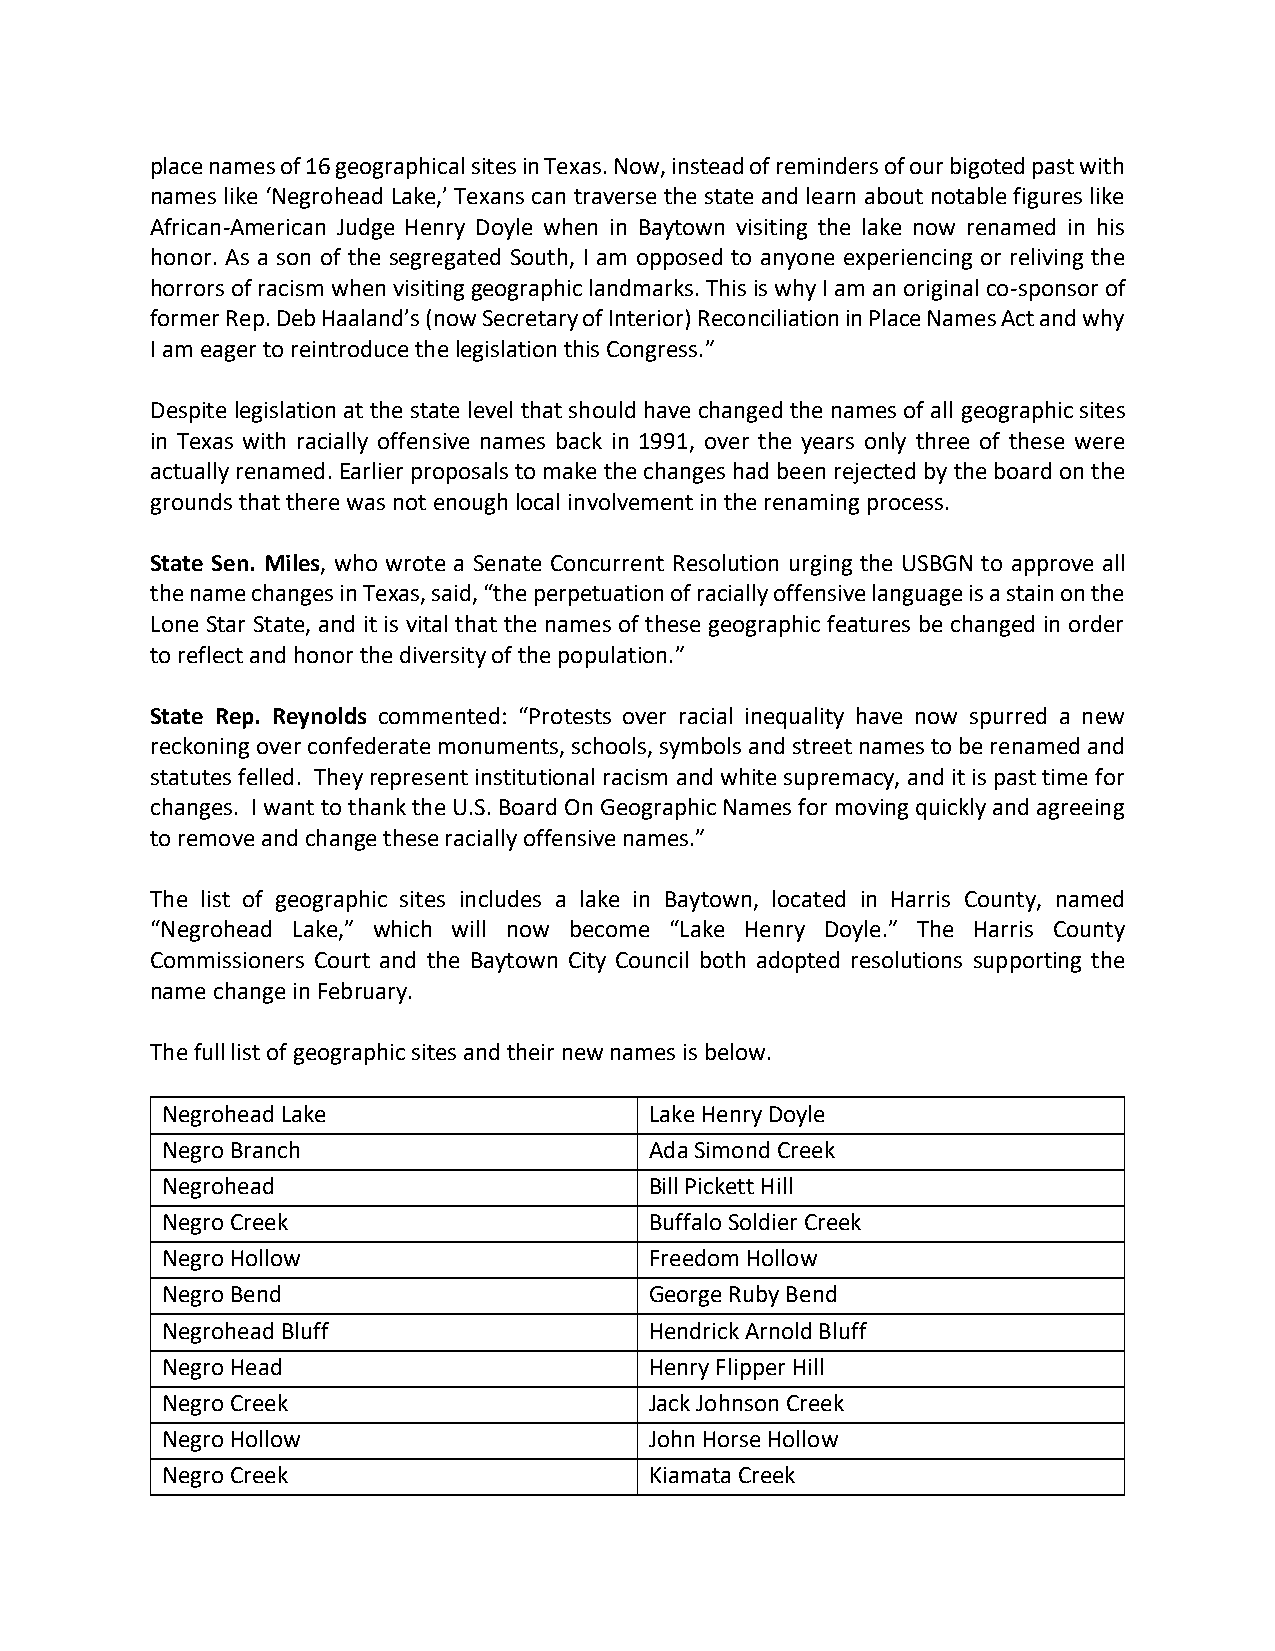
place names of 16 geographical sites in Texas. Now, instead of reminders of our bigoted past with
 names like ‘Negrohead Lake,’ Texans can traverse the state and learn about notable figures like
 African-American Judge Henry Doyle when in Baytown visiting the lake now renamed in his
 honor. As a son of the segregated South, I am opposed to anyone experiencing or reliving the
 horrors of racism when visiting geographic landmarks. This is why I am an original co-sponsor of
 former Rep. Deb Haaland’s (now Secretary of Interior) Reconciliation in Place Names Act and why
 I am eager to reintroduce the legislation this Congress.”
 Despite legislation at the state level that should have changed the names of all geographic sites
 in Texas with racially offensive names back in 1991, over the years only three of these were
 actually renamed. Earlier proposals to make the changes had been rejected by the board on the
 grounds that there was not enough local involvement in the renaming process.
 State Sen. Miles, who wrote a Senate Concurrent Resolution urging the USBGN to approve all
 the name changes in Texas, said, “the perpetuation of racially offensive language is a stain on the
 Lone Star State, and it is vital that the names of these geographic features be changed in order
 to reflect and honor the diversity of the population.”
 State Rep. Reynolds commented: “Protests over racial inequality have now spurred a new
 reckoning over confederate monuments, schools, symbols and street names to be renamed and
 statutes felled. They represent institutional racism and white supremacy, and it is past time for
 changes. I want to thank the U.S. Board On Geographic Names for moving quickly and agreeing
 to remove and change these racially offensive names.”
 The list of geographic sites includes a lake in Baytown, located in Harris County, named
 “Negrohead Lake,” which will now become “Lake Henry Doyle.” The Harris County
 Commissioners Court and the Baytown City Council both adopted resolutions supporting the
 name change in February.
 The full list of geographic sites and their new names is below.
 Negrohead Lake                  Lake Henry Doyle
 Negro Branch                    Ada Simond Creek
 Negrohead                       Bill Pickett Hill
 Negro Creek                     Buffalo Soldier Creek
 Negro Hollow                    Freedom Hollow
 Negro Bend                      George Ruby Bend
 Negrohead Bluff                 Hendrick Arnold Bluff
 Negro Head                      Henry Flipper Hill
 Negro Creek                     Jack Johnson Creek
 Negro Hollow                    John Horse Hollow
 Negro Creek                     Kiamata Creek